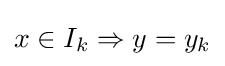
x\in I_{k}\Rightarrow y=y_{k}